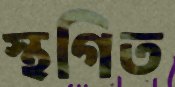
স্থগিত